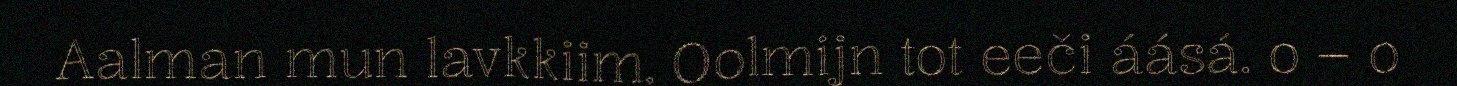
Aalman mun lavkkiim. Oolmijn tot eeči áásá. o – o